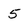
Character: 5